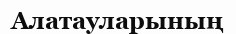
Алатауларының